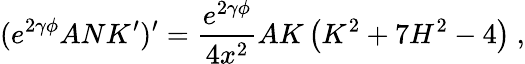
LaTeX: (e^{2\gamma\phi}ANK^{\prime})^{\prime}=\frac{e^{2\gamma\phi}}{4x^{2}}AK\left(K^{2}+7H^{2}-4\right)\ ,